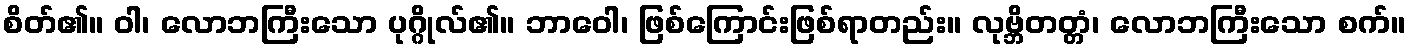
စိတ်၏။ ဝါ၊ လောဘကြီးသော ပုဂ္ဂိုလ်၏။ ဘာဝေါ၊ ဖြစ်ကြောင်းဖြစ်ရာတည်း။ လုဗ္ဘိတတ္တံ၊ လောဘကြီးသော စက်။